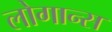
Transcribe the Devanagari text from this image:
लोगान्स